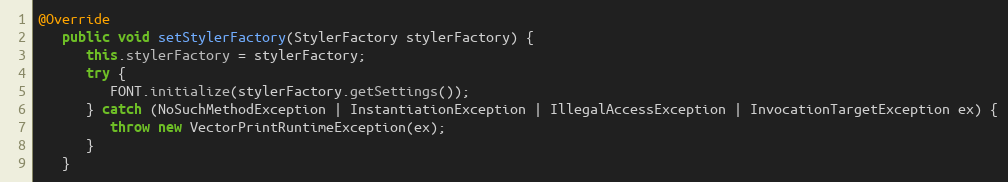
Language: Java
@Override
   public void setStylerFactory(StylerFactory stylerFactory) {
      this.stylerFactory = stylerFactory;
      try {
         FONT.initialize(stylerFactory.getSettings());
      } catch (NoSuchMethodException | InstantiationException | IllegalAccessException | InvocationTargetException ex) {
         throw new VectorPrintRuntimeException(ex);
      }
   }